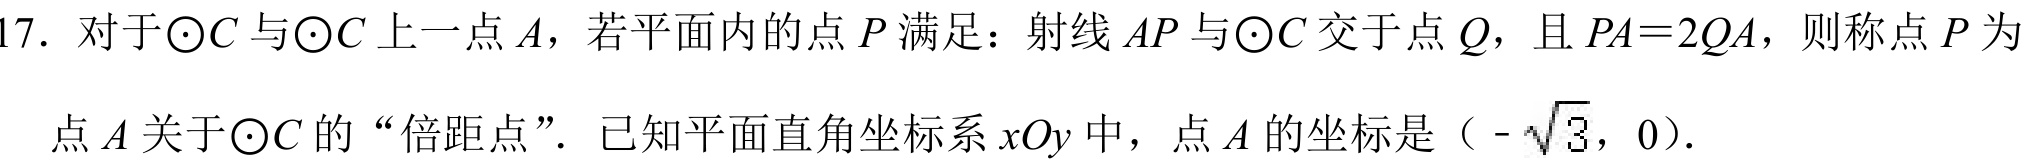
17. 对于\(\odot C\)与\(\odot C\)上一点\(A\)，若平面内的点\(P\)满足：射线\(AP\)与\(\odot C\)交于点\(Q\)，且\(PA = 2QA\)，则称点\(P\)为
点\(A\)关于\(\odot C\)的“倍距点”. 已知平面直角坐标系\(xOy\)中，点\(A\)的坐标是（\(-\sqrt{3}\)，0）.